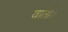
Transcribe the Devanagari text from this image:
वार्ता।